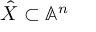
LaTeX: { \hat { X } } \subset \mathbb { A } ^ { n }